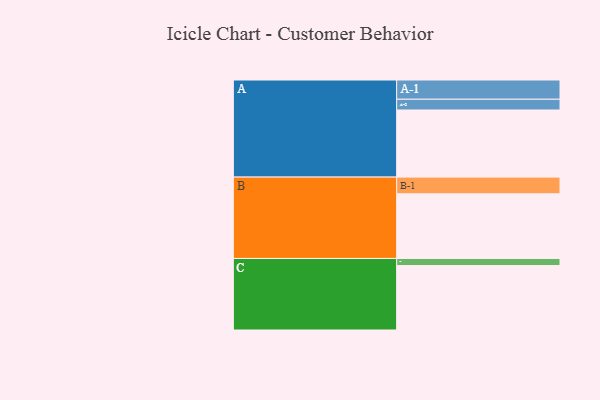
{"axis": {"x": "Segment", "y": "Value"}, "legend": ["", "A", "B", "C"], "data": [{"x": "A", "y": 499, "type": ""}, {"x": "B", "y": 481, "type": ""}, {"x": "C", "y": 479, "type": ""}, {"x": "A-1", "y": 143, "type": "A"}, {"x": "A-2", "y": 80, "type": "A"}, {"x": "B-1", "y": 124, "type": "B"}, {"x": "C-1", "y": 53, "type": "C"}]}